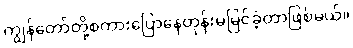
ကျွန်တော်တို့စကားပြောနေတုန်းမမြင်ခဲ့တာဖြစ်မယ်။